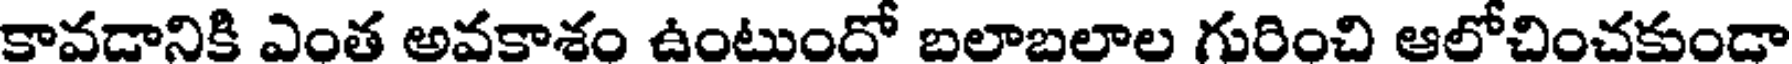
కావడానికి ఎంత అవకాశం ఉంటుందో బలాబలాల గురించి ఆలోచించకుండా